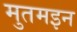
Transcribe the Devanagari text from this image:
मुतमइन